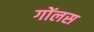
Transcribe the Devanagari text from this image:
गोंलस